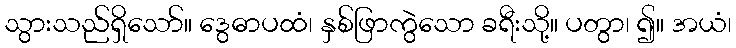
သွားသည်ရှိသော်။ ဒွေဓာပထံ၊ နှစ်ဖြာကွဲသော ခရီးသို့။ ပတွာ၊ ၍။ အယံ၊